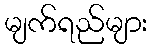
မျက်ရည်များ